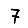
Digit: 7